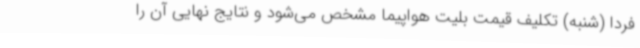
فردا (شنبه) تکلیف قیمت بلیت هواپیما مشخص می‌شود و نتایج نهایی آن را